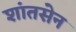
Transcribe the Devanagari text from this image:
शांतसेन